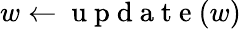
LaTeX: w\gets\mathrm{~u~p~d~a~t~e~}(w)